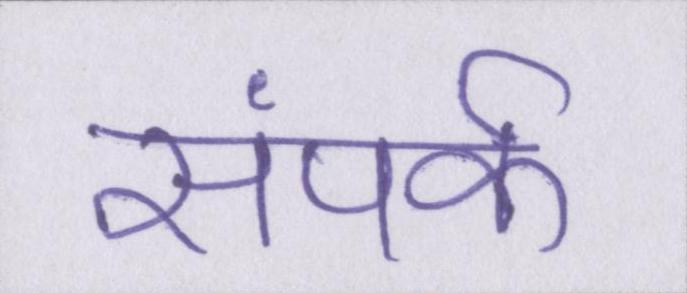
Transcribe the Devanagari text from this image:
संपर्क